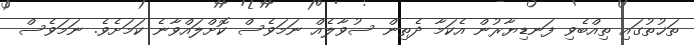
ތަޚުތުގައި ތިއްބެވި ފަނޑިޔާރުން އެކަމާ ދެތިން ސުވާލެއް ނަމަވެސް ކޮށްލައްވާނެ ކަމަށެވެ. ނަމަވެސް